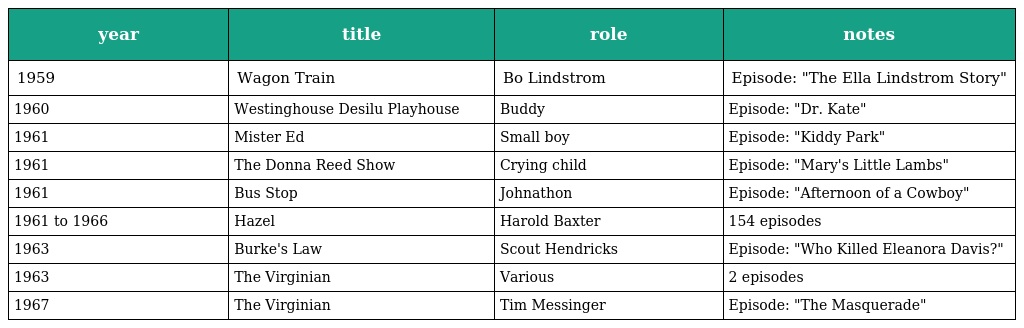
| year | title | role | notes |
 | --- | --- | --- | --- |
 | 1959 | Wagon Train | Bo Lindstrom | Episode: "The Ella Lindstrom Story" |
 | 1960 | Westinghouse Desilu Playhouse | Buddy | Episode: "Dr. Kate" |
 | 1961 | Mister Ed | Small boy | Episode: "Kiddy Park" |
 | 1961 | The Donna Reed Show | Crying child | Episode: "Mary's Little Lambs" |
 | 1961 | Bus Stop | Johnathon | Episode: "Afternoon of a Cowboy" |
 | 1961 to 1966 | Hazel | Harold Baxter | 154 episodes |
 | 1963 | Burke's Law | Scout Hendricks | Episode: "Who Killed Eleanora Davis?" |
 | 1963 | The Virginian | Various | 2 episodes |
 | 1967 | The Virginian | Tim Messinger | Episode: "The Masquerade" |